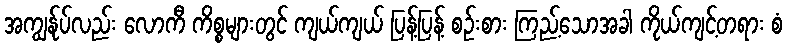
အကျွန်ုပ်လည်း လောကီ ကိစ္စများတွင် ကျယ်ကျယ် ပြန့်ပြန့် စဉ်းစား ကြည့်သောအခါ ကိုယ်ကျင့်တရား စံ